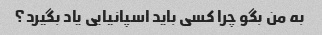
به من بگو چرا کسی باید اسپانیایی یاد بگیرد؟